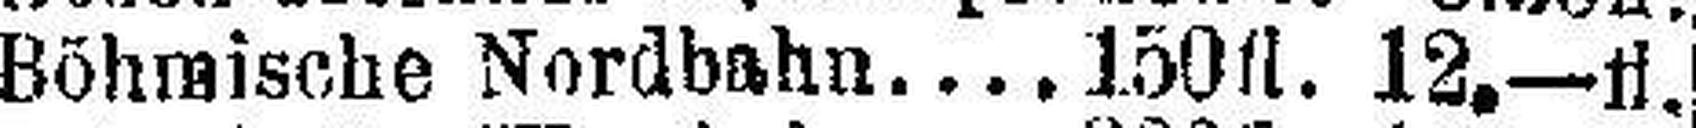
Böhmische Nordbahn 150 fl. 12.—fl.